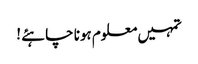
تمہیں معلوم ہونا چاہئے !